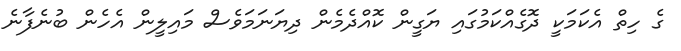
ގެ ހިތް އެކަމަކީ ދޮގެއްކަމުގައި ޔަގީން ކޮއްދެމެން ދިޔަނަމަވެސް މައިލީން އެހެން ބުނެފާނެ